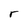
Character: r